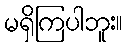
မရှိကြပါဘူး။